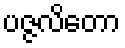
ပဇ္ဇလိတော